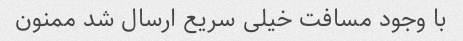
با وجود مسافت خیلی سریع ارسال شد ممنون